Vital statistics of India. Vol. V, Reports of 1876 on armies & jails and on epidemic cholera
Year: 1876
Disease focus: Cholera
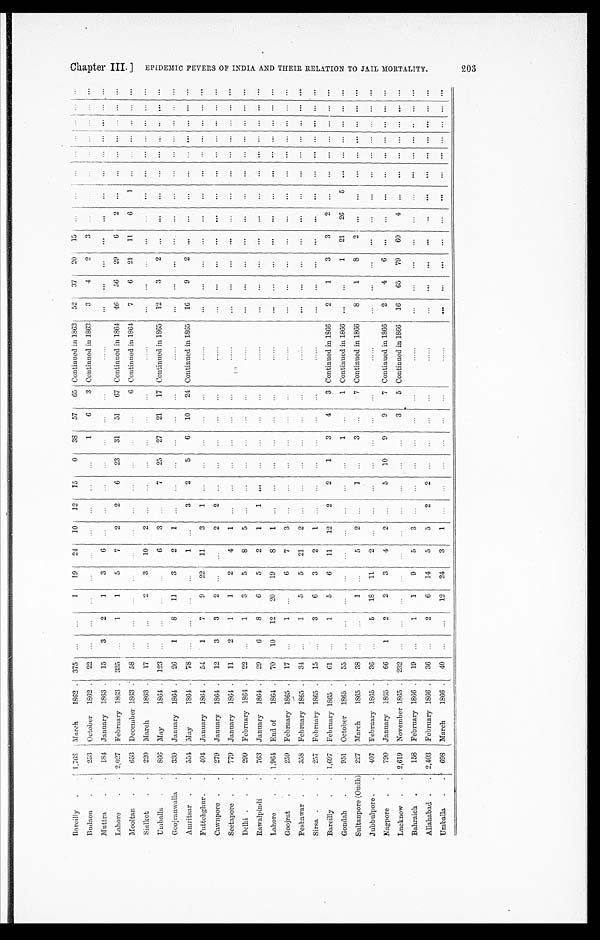
Bareilly . . 1,768 March 1862 . 375
. . . . . .
1 19 24 10 12 15
0 38 57 65 Continued in 1863 52 37 20 15 ... ...
. . . . . . . . . . . . . . .
. . .
B u d a o n . . 253 October 1862 . 22 ...
. . .
. . .
. . .
. . .
. . .
. . .
. . .
...
1
6
3 Continued in 1863 3
4 2
3 ... ...
. . . . . . ...
. . . . . .
. . .
Mattra . . 184 January 1863 . 15
3
2
1
3
6
. . .
. . .
. . .
...
. . . ...
. . .
......
... ... ...
. . . ... ... ...
. . . ... . . .
. . .
. . .
Lahore
. . 2,027 February 1863 . 335 ...
1
1
5
7
2
2
6 23 31 51 67 Continued in 1864 46 56 29
6 2
. . . . . .
. . . . . . . . . . . . . . .
Mooltan . . 653 December 1863 . 58 ...
. . .
. . .
. . .
. . .
. . .
. . .
. . . ...
. . . ... 6 Continued in 1864 7
6 21 11
6
1 ...
. . . ... . . . . . . ...
Sialkot . . 220 March 1863 . 17 ... . . .
2
3 10
2
. . .
. . . ... ...
...
. . .
. . . . . .
... ... ...
... ...
. . . . . .
. . .
... ... ...
U m b a l l a . . 866 May
1864 . 123 ...
. . .
. . .
...
6
3 ...
7 25 27 21 17 Continued in 1865 12
3
2 ... ... ... ...
. . . ... . . . . . . . . .
Goojranwalla . 330 January 1864 . 26
1
8 11
3
2
1 ... ... ...
. . .
. . . ...
...
. . .
. . .
. . .
. . .
. . .
. . . . . .
. . . . . . . . .
. . . . . .
Amritsar . . 554 May
1864 . 78 ...
. . .
. . .
. . .
1
. . . 3
2
5
6 10 24 Continued in 1S65
1 6 9
2 ... ... ... ... ... ... ... . . . . . .
Futtehghur . . 404 January 1864 . 54
1
7
9 22 11
3
1 ... ... ... ...
. . .
......
. . . ... ...
. . . ... ... ...
. . . . . . ... . . . . . .
Cawnporo . . 279 January 1864 . 12
3
3
2
. . . . . .
2
2
. . . ... ... ...
. . .
. . . . . .
... ... ...
. . .
. . .
. . . . . .
. . . . . . . . . . . . . . .
Seetapore . . 779 January 1864 . 11
2
1
1
2
4
1 ...
. . . ... ...
... ...
......
... ...
. . . ...
... . . . . . .
. . . . . . ... . . . . . .
Delhi . . . 299 February 1864 . 22 ...
1
3
5
8
5
. . .
. . .
... . . . ...
. . .
......
. . .
. . .
. . .
. . .
. . .
. . . . . .
. . . . . . . . . . . . . . .
Rawalpindi . . 763 January 1864 . 29
6
8
6
5
2
1
1 ...
... . . . ...
. . .
......
. . .
. . .
. . .
. . .
. . .
. . . . . .
. . . . . . . . . . . . . . .
Lahore .
. 1,964 End of 1864 . 70 10 12 20 19
8
1 ...
. . . ... . . . ... ...
......
. . .
. . .
. . . . . .
. . .
. . . . . .
. . . . . . . . . . . . . . .
Goojrat . . 259 February 1865 . 17 ...
1
. . . 6
7
3
. . . ...
... . . .
...
. . .
......
. . .
. . .
. . .
. . .
. . .
. . . . . .
. . . . . . . . . . . . . . .
Peshawar . . 358 February 1865 . 34 ...
1
5
5 21
2
. . . ...
... ...
... ...
......
. . .
. . . ... . . .
. . .
. . . . . . . . .
. . . . . . . . . . . .
Sirsa . . . 257 February 1865 . 15 ...
3
6
3
2
1 ... ... ...
. . . ... ...
......
... ... ...
. . .
. . .
. . . . . .
. . . . . . . . . . . . . . .
Bareilly . . 1,697 February 1865 . 61 ...
1
5
6 11 12
2
2
1
3
4
3 Continued in 1866
2
1
3
3
2
. . . . . .
. . . . . . . . . . . . . . .
Gondah . . 951 October 1865 . 55 ...
. . . ...
. . . ... ... ...
. . .
...
1 ...
1 Continued in 1866 ... ...
1 21 26
5 . . .
. . . . . . . . . . . . . . .
Sultanpore (Oudh) 227 March 1865 . 38 ... ...
1
. . . 5
2 ...
1 ...
3 ...
7 Continued in 1866
8
1
8 2 ... ...
. . .
. . . . . . . . . . . . . . .
Jubbulpore . . 407 February 1865 . 36 ...
5
1 8
1 1
2
. . . . . .
. . .
...
. . .
...
. . .
......
...
... ... ... ... ...
. . .
. . . . . . . . . . . . . . .
Nagpore . . 790 January 1865 . 66
1
2
2
3
4
2 ...
5 10
9
9
7 Continued in 1866
2
4
6 ...
.. ...
. . .
. . . . . . . . . . . . . . .
Lucknow . . 2,619 November 1865 . 232 ...
... ...
. . .
. . .
. . . ...
. . . ... ...
3
5 Continued in 1866 16 65 79 60
4 ...
. . .
. . . . . . . . . . . . . . .
Bahraich .
. 158 February 1866 . 19
. . .
1
1
9
5
3
. . .
. . .
. . . . . . ...
. . .
. . . . . .
. . .
. . .
. . . . . .
. . .
. . . . . .
. . . . . . . . . . . . . . .
Allahabad . . 2,403 February 1866 . 36
. . .
2
6 14
5
5
2
2 ...
. . . ... ...
. . . . . .
...
. . .
. . . . . .
... . . . . . .
. . . . . . . . . . . . . . .
Umballa . . 698 March 1866 . 40 ...
. . .
12 24
3
1
. . . ... ...
. . .
...
...
......
. . .
. . .
. . . . . .
. . .
. . . . . . . . . . . . . . . . . . . . .
Chapter III.] EPIDEMIC PEVERS OF INDIA AND THEIR RELATION TO JAIL MORTALITY.
203